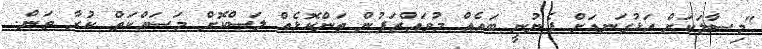
"މިސާލަކަށް އަޅުގަނޑަށް ފެނުނީ ބައެއް މުވައްޒަފުން ތަންކޮޅެއް ލަސްކޮށް މަސައްކަތް ކުރާ ތަން.